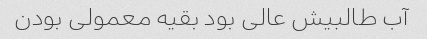
آب طالبیش عالی بود بقیه معمولی بودن